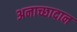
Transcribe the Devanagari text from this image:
अनाच्छादान